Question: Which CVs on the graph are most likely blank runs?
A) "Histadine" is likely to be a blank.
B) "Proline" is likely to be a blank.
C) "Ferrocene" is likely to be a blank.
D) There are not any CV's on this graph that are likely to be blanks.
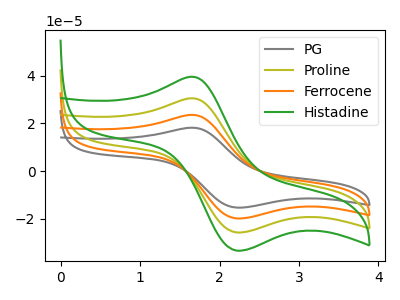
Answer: <think>The gray curve "PG" has an anodic peak at (1.65V, 91.45uA) and a cathodic peak at (2.20V, -77.20uA). The olive curve "Proline" has an anodic peak at (1.65V, 30.50uA) and a cathodic peak at (2.20V, -25.75uA). The orange curve "Ferrocene" has an anodic peak at (1.65V, 60.95uA) and a cathodic peak at (2.20V, -51.45uA). The green curve "Histadine" has an anodic peak at (1.65V, 39.50uA) and a cathodic peak at (2.20V, -33.35uA).</think>
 <answer>D) There are not any CV's on this graph that are likely to be blanks.</answer>
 <eval>D</eval>